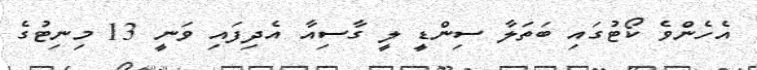
އެހެންވެ ކޯޓުގައި ބަތަލާ ސިންޑީ ލީ ގާސިއާ އެދިފައި ވަނީ 13 މިނިޓުގެ